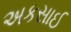
અકસાઈ